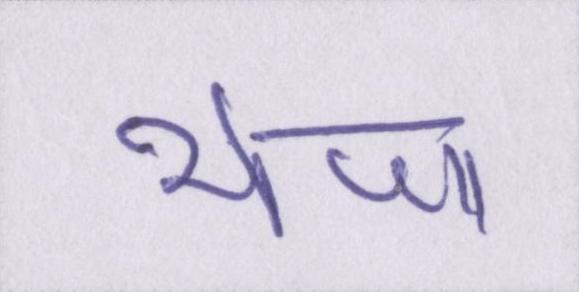
भेजा